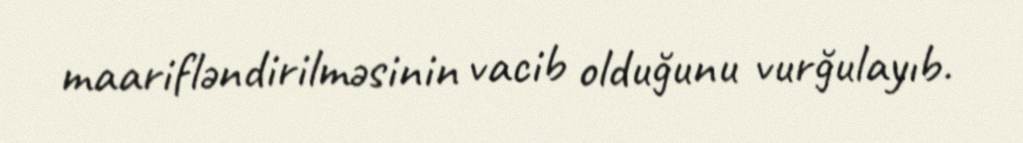
maarifləndirilməsinin vacib olduğunu vurğulayıb.